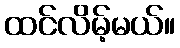
ထင်လိမ့်မယ်။